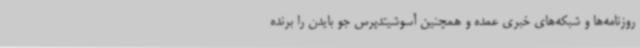
روزنامه‌ها و شبکه‌های خبری عمده و همچنین آسوشیتدپرس جو بایدن را برنده